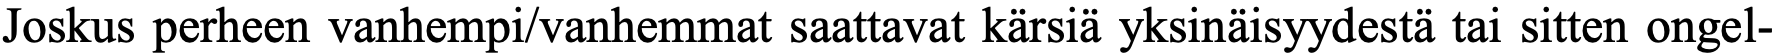
Joskus perheen vanhempi/vanhemmat saattavat kärsiä yksinäisyydestä tai sitten ongel-